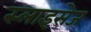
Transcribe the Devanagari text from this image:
स्लाइसेज